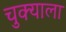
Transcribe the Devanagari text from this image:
चुक्याला